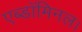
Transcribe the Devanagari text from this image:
एब्डॉमिनल।